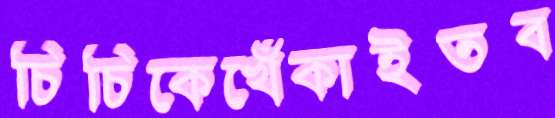
চিচিকেখেঁকাইতব